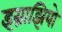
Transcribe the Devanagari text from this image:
इग्नाझियो